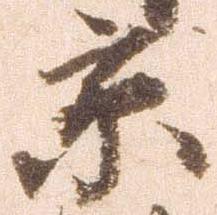
京